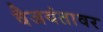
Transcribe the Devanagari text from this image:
वैजयंतावर